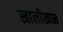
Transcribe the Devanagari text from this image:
खालीखान